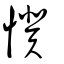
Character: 懻